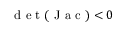
\mathrm { ~ d ~ e ~ t ~ } ( \mathrm { ~ J ~ a ~ c ~ } ) < 0